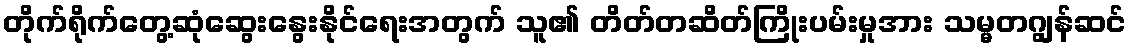
တိုက်ရိုက်တွေ့ဆုံဆွေးနွေးနိုင်ရေးအတွက် သူ၏ တိတ်တဆိတ်ကြိုးပမ်းမှုအား သမ္မတဂျွန်ဆင်